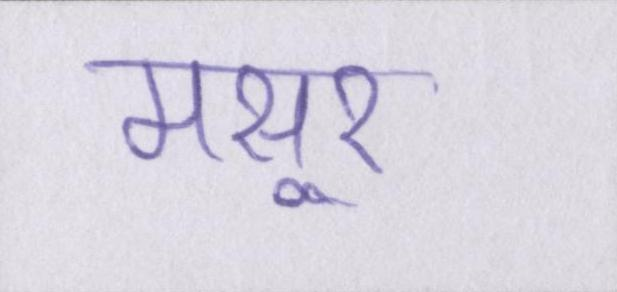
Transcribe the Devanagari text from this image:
मसूर